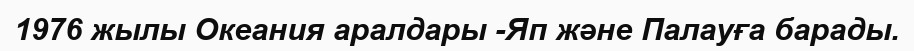
1976 жылы Океания аралдары -Яп және Палауға барады.